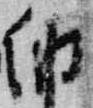
納